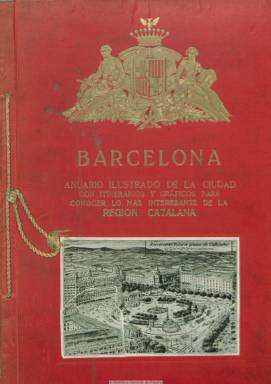
Título: Barcelona (Madrid)
Colección: Revistas turísticas y de viajes
Ámbito geográfico: Madrid
Lugar de publicación: Madrid
Fechas: 01/01/1925-31/12/1925

Lleva el subtítulo “anuario ilustrado, guía de la ciudad con itinerarios y gráficos para conocer lo más interesante de la región catalana”. Publicado y editado por B. Álvarez y Álvarez e impreso por el establecimiento tipográfico madrileño Sucesores de Rivadeneyra, está dedicado a la ciudad de Barcelona y a sus principales comarcas (Mataró, Sabadell, Tarrasa). Su objeto es dar a conocer las bellezas artísticas y naturales así como la riqueza comercial, fabril e industrial de la provincia barcelonesa y sus principales ciudades, y a modo de difundir su interés turístico. Ofrece una descripción de su situación geográfica, con un resumen histórico y su carácter, idioma, costumbres y tradiciones.

Inserta numerosos fotograbados en blanco y negro de monumentos, edificios singulares y vistas urbanas y naturales. En la cubierta ofrece una fotografía de Plaza de Cataluña, que en ese momento estaba en reformas. También da cuenta de una serie de itinerarios y excursiones (con fotografías, gráficos o mapas) a la Costa Brava y Gerona o a Montserrat y, a modo de guía, una relación alfabética de los principales centros públicos, religiosos, artísticos, deportivos, transportes, teatros, cines, asociaciones, sociedades y entidades varias. Inserta una importante cantidad de publicidad comercial e industrial, con un índice, al final de anunciantes.

Su editor, que indica que ya había publicado otro anuario similar con el título Madrid en la mano y publicará en 1931 Álbum nacional de actualidad española, muestra la intención de ampliar este anuario a las demás provincias catalanas. Este, editado en diciembre de 1925 y dedicado a la provincia de Barcelona, consta de 493 páginas.